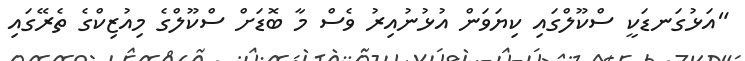
"އަޅުގަނޑަކީ ސްކޫލްގައި ކިޔަވަން އުޅުނުއިރު ވެސް މާ ބޮޑަށް ސްކޫލްގެ މިއުޒިކްގެ ތެރޭގައި